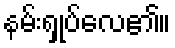
နမ်းရှုပ်လေ၏။